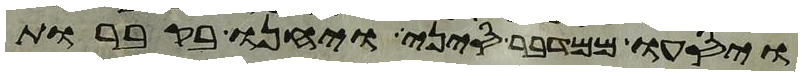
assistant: ויסעו ממדבר סיני ויחנו בקברות